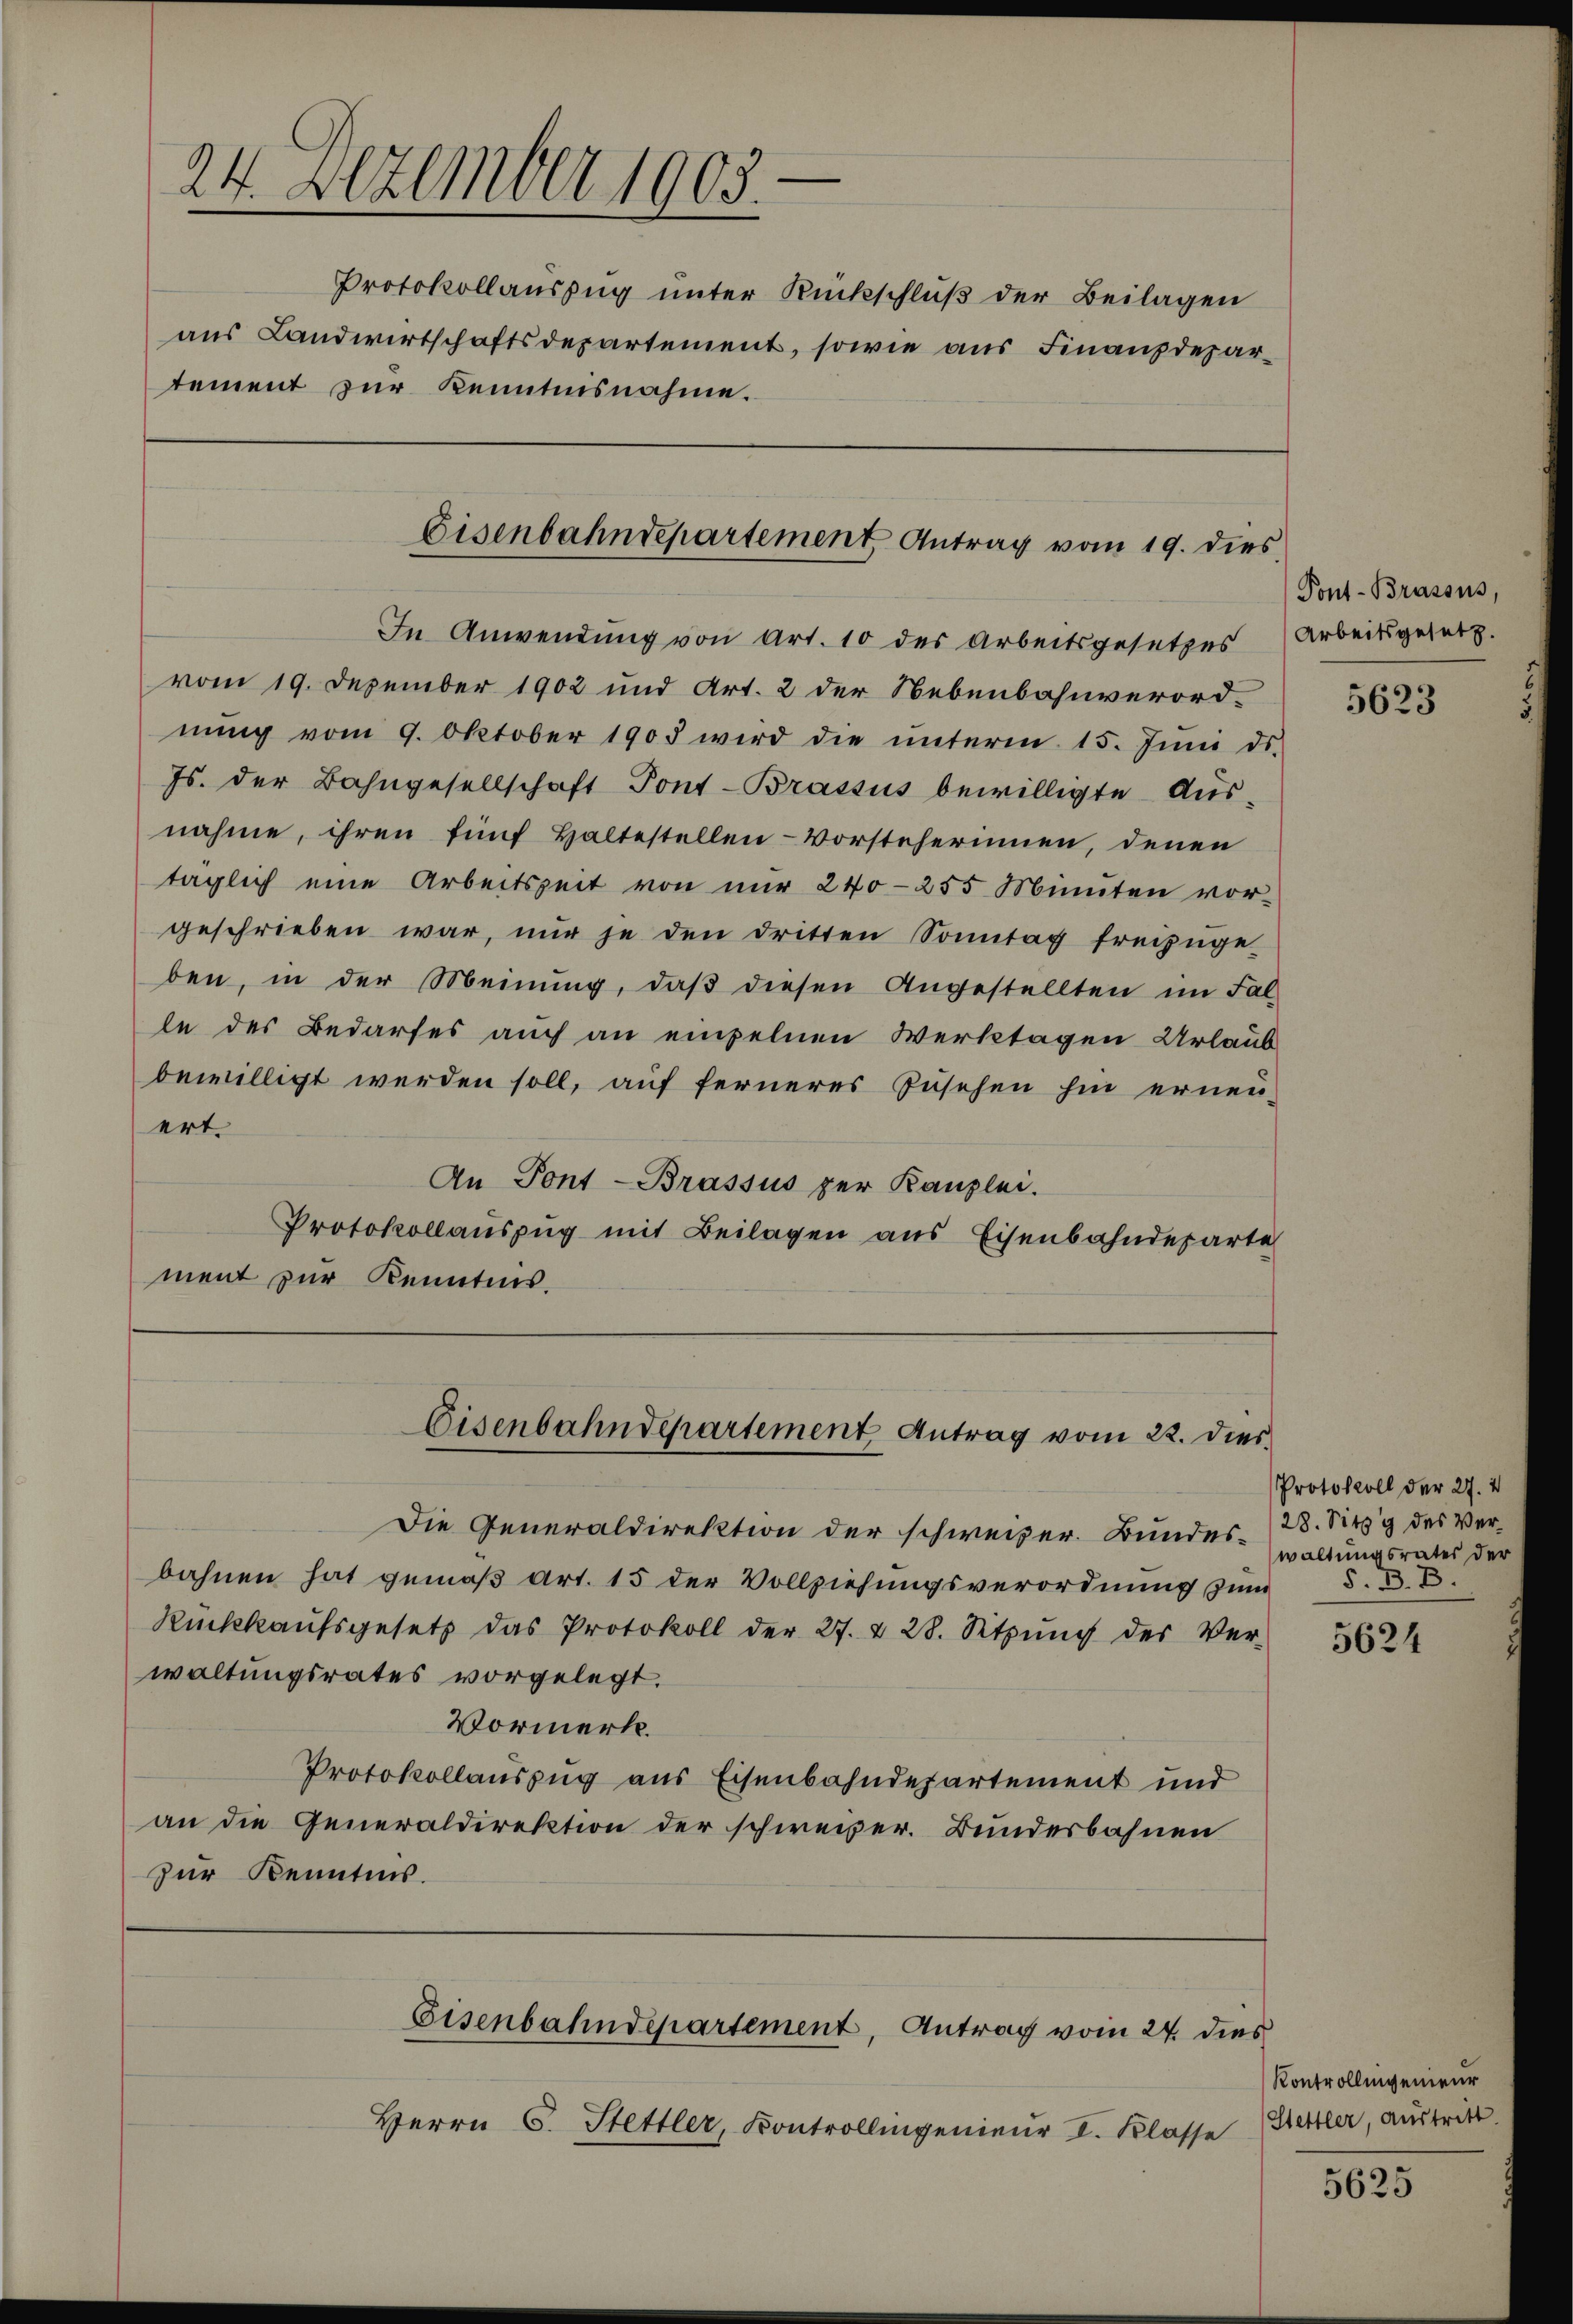
24. Dezember 1905.
Protokollauszug unter Rückschluß der Beilagen
aus Landwirtschaftsdepartement, sowie aus Finanzdepartement zur Kenntnisnahme.

Eisenbahndepartement Antrag vom 19. dies

Eisenbahndepartement Antrag vom 22. dies¬

Eisenbahndepartement, Antrag vom 24. dies

Herrn C. Stettler, Kontrollingenieur I. Klasse

In Anwendŭng von Art. 10 des Arbeitsgesetzes (Arbeitsgesetz.
vom 19. Dezember 1902 und Art. 2 der Nebenbahnverord-
nŭng vom 9. Oktober 1903 wird die ŭnterm 15. Jŭni ds.
Js. der Bahngesellschaft Pont-Brassus bewilligte Aus-
nahme, ihren fünf Haltestellen- Vorsteherinnen, denen
täglich eine Arbeitszeit von nŭr 240-255 Minuten vor-
geschrieben war, nur je den dritten Sonntag freizŭge-
ben, in der Meinŭng, daβ diesen Angestellten im Fal-
le des Bedarfes auch an einzelnen Werktagen Urlaub
bewilligt werden soll, auf ferneres Zusehen hin ernen-
ert.
An Pont-Brassus per Kanzlei.
Protokollauszug mit Beilagen aus Eisenbahndeparte
ment zur Kenntnis.

Die Generaldirektion der schweizer. Bundes-
bahnen hat gemäß Art. 15 der Vollziehungsverordnung zum
Rückkaŭfsgesetz das Protokoll der 27. & 28. Sitzŭng des Ver-
waltungsrates vorgelegt.
Vormerk.
Protokollauszug aus Eisenbahndepartement und
an die Generaldirektion der schweizer. Bundesbahnen
zur Kenntnis.

Pont-Brassus,

5623

Protokoll der 27. 2
28. Sitz des Verwaltungsrates der
S. B. B.

5624

Kontrollingenieur
Hettler, Austritt.

5625